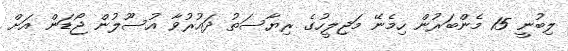
ލިބުނީ 15 މެންބަރުން ހިމެނޭ މަޖިލީހުގެ ރިޔާސަތު ދައުރުވާ އުސޫލުން ޖޯޑަން އަށް